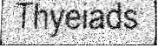
Thyeiads